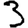
Digit: 3